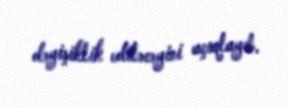
dəyişiklik ediləcəyini açıqlayıb.